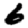
Digit: 6